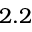
2 . 2